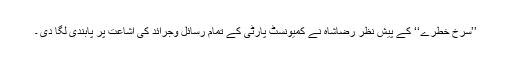
’’سرخ خطرے‘‘ کے پیش نظر رضاشاہ نے کمیونسٹ پارٹی کے تمام رسائل وجرائد کی اشاعت پر پابندی لگا دی ۔